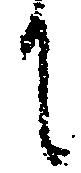
に